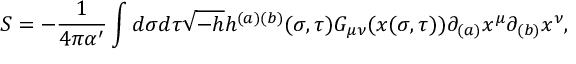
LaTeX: S = - \frac { 1 } { 4 \pi \alpha ^ { \prime } } \int d \sigma d \tau \sqrt { - h } h ^ { ( a ) ( b ) } ( \sigma , \tau ) G _ { \mu \nu } ( x ( \sigma , \tau ) ) \partial _ { ( a ) } x ^ { \mu } \partial _ { ( b ) } x ^ { \nu } ,